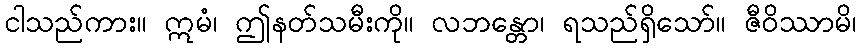
ငါသည်ကား။ ဣမံ၊ ဤနတ်သမီးကို။ လဘန္တော၊ ရသည်ရှိသော်။ ဇီဝိဿာမိ၊